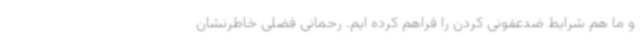
و ما هم شرایط ضدعفونی کردن را فراهم کرده ایم. رحمانی فضلی خاطرنشان